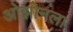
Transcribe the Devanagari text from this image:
ओझोनला